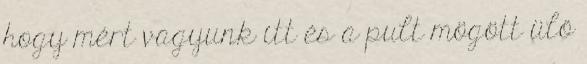
hogy mért vagyunk itt és a pult mögött ülő